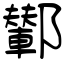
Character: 鄻